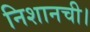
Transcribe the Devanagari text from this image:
निशानची।